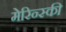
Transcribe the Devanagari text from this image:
मेरिन्स्की